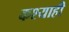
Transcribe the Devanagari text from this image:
कश्याही